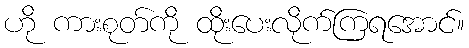
ဟို ကားစုတ်ကို ထိုးပေးလိုက်ကြရအောင်။